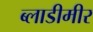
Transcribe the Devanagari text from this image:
ब्लाडीमीर